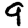
Digit: 9